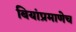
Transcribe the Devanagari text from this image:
बियांप्रमाणेच